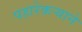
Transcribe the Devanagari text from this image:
पहारेकर्‍याने